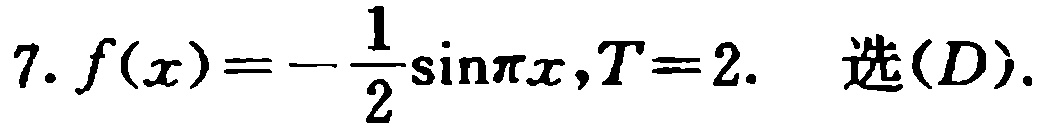
7. \(f(x)=-\frac{1}{2}\sin\pi x,T = 2.\ 选(D).\)